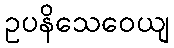
ဥပနိသေဝေယျ